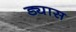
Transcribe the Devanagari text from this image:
ड्यास